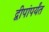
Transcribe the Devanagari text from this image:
द्वीपांपर्यंत